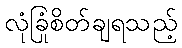
လုံခြုံစိတ်ချရသည့်